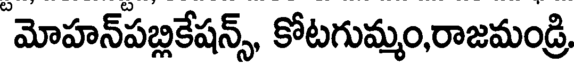
మోహన్పబ్లికేషన్స్, కోటగుమ్మం,రాజమండ్రి